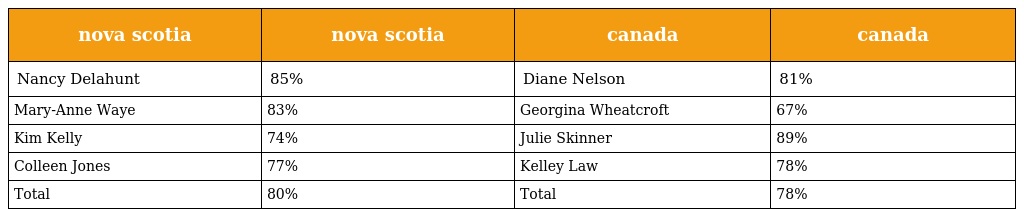
| nova scotia | nova scotia | canada | canada |
 | --- | --- | --- | --- |
 | Nancy Delahunt | 85% | Diane Nelson | 81% |
 | Mary-Anne Waye | 83% | Georgina Wheatcroft | 67% |
 | Kim Kelly | 74% | Julie Skinner | 89% |
 | Colleen Jones | 77% | Kelley Law | 78% |
 | Total | 80% | Total | 78% |